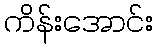
ကိန်းအောင်း